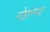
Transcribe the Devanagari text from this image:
मोहाम्मद